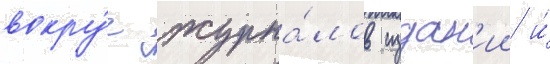
вокру́г журна́лов издан'ии и́